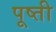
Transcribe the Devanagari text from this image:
पूष्ती